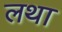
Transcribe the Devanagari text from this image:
लथा